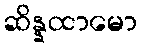
ဆိန္နထာမော